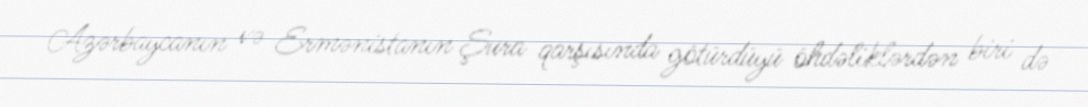
Azərbaycanın və Ermənistanın Şura qarşısında götürdüyü öhdəliklərdən biri də